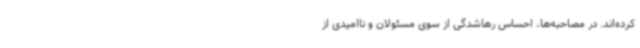
کرده‌اند. در مصاحبه‌ها، احساس رهاشدگی از سوی مسئولان و ناامیدی از